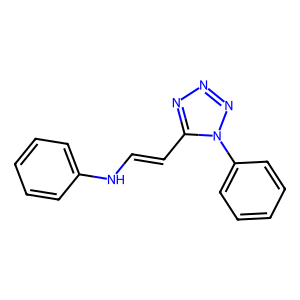
SMILES: C(=Cc1nnnn1-c1ccccc1)Nc1ccccc1
Inhibits HIV replication: No